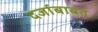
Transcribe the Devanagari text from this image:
दर्जाबाबत